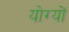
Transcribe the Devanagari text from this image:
योग्यों